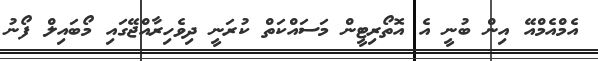
އެމްއެމްއޭ އިން ބުނީ އެ އޮތޯރިޓީން މަސައްކަތް ކުރަނީ ދިވެހިރާއްޖޭގައި މޯބައިލް ފޯނު